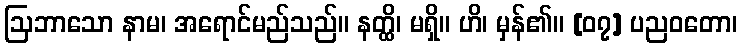
ဩဘာသော နာမ၊ အရောင်မည်သည်။ နတ္ထိ၊ မရှိ။ ဟိ၊ မှန်၏။ [၀၇] ပညဝတော၊